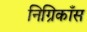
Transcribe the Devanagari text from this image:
निग्रिकाँस